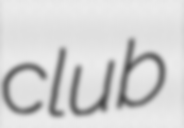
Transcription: club